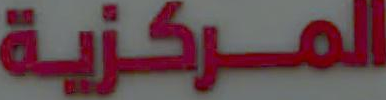
المركزية